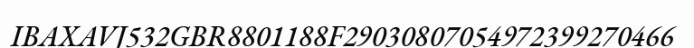
IBAXAVJ532GBR8801188F29030807054972399270466